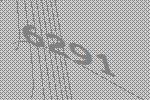
6291